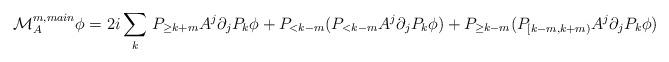
LaTeX: \begin{align*}\mathcal M_{A}^{m,main} \phi = 2i \sum_k & \ P_{ \geq k+m} A^j \partial_j P_k \phi + P_{<k-m} (P_{< k-m} A^j \partial_j P_k \phi) + P_{\geq k-m}( P_{[k-m,k+m)} A^j \partial_j P_k \phi)\end{align*}